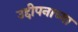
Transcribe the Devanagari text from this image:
उद्दीपनाच्या